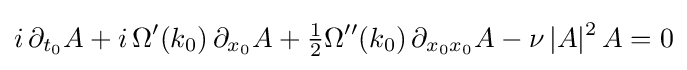
i\,\partial _{t_{0}}A+i\,\Omega '(k_{0})\,\partial _{x_{0}}A+{\tfrac {1}{2}}\Omega ''(k_{0})\,\partial _{x_{0}x_{0}}A-\nu \,|A|^{2}\,A=0